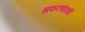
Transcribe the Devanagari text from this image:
सफरचंदाची